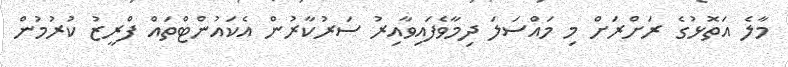
މާލެ އަތޮޅުގެ ރަށްރަށް މި މައްސަލަ ދިމާވެފައިވާއިރު ސަރުކާރުން އެކައުންޓްތައް ފްރީޒު ކުރުމުން